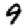
Digit: 9